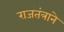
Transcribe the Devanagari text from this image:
राजतंत्राने